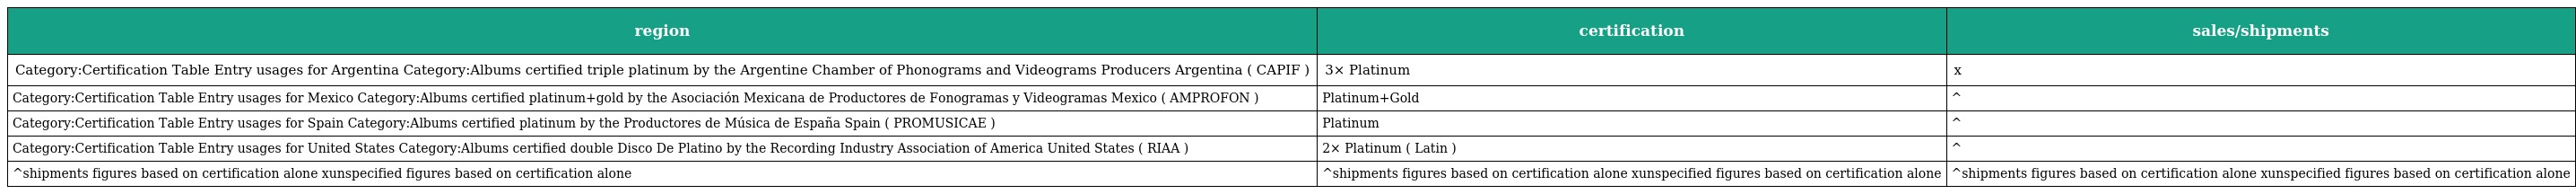
| region | certification | sales/shipments |
 | --- | --- | --- |
 | Category:Certification Table Entry usages for Argentina Category:Albums certified triple platinum by the Argentine Chamber of Phonograms and Videograms Producers Argentina ( CAPIF ) | 3× Platinum | x |
 | Category:Certification Table Entry usages for Mexico Category:Albums certified platinum+gold by the Asociación Mexicana de Productores de Fonogramas y Videogramas Mexico ( AMPROFON ) | Platinum+Gold | ^ |
 | Category:Certification Table Entry usages for Spain Category:Albums certified platinum by the Productores de Música de España Spain ( PROMUSICAE ) | Platinum | ^ |
 | Category:Certification Table Entry usages for United States Category:Albums certified double Disco De Platino by the Recording Industry Association of America United States ( RIAA ) | 2× Platinum ( Latin ) | ^ |
 | ^shipments figures based on certification alone xunspecified figures based on certification alone | ^shipments figures based on certification alone xunspecified figures based on certification alone | ^shipments figures based on certification alone xunspecified figures based on certification alone |